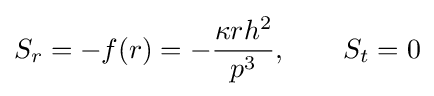
S_{r}=-f(r)=-{\frac {\kappa rh^{2}}{p^{3}}},\qquad S_{t}=0